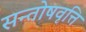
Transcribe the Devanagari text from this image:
सन्तोषवृत्ति